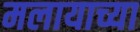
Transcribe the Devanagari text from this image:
मलायाच्या